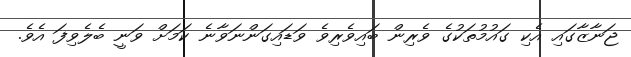
ޖަނާޒާގައި އެކި ގައުމުތަކުގެ ވެރިން ބައިވެރިވެ ވަޑައިގަންނަވާނެ ކަމަށް ވަނީ ބެލެވިފަ އެވެ.